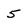
Character: 5